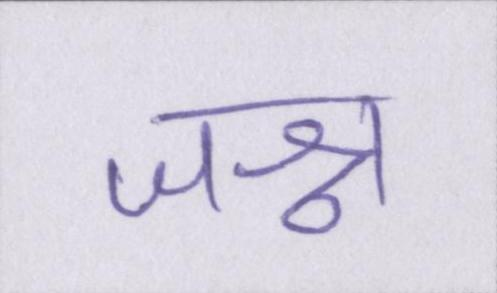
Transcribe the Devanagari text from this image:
जश्न